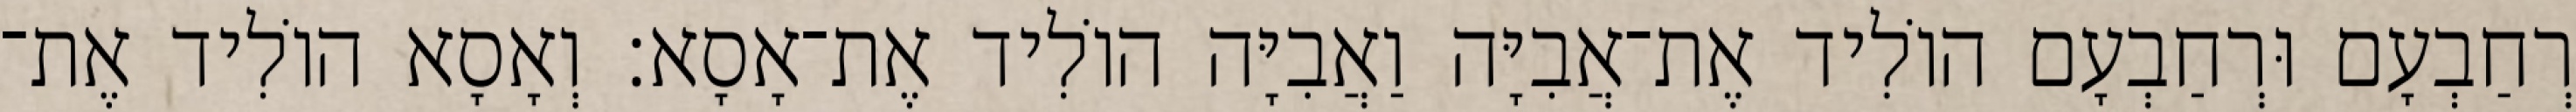
רְחַבְעָם וּרְחַבְעָם הוֹלִיד אֶת־אֲבִיָּה וַאֲבִיָּה הוֹלִיד אֶת־אָסָא׃ וְאָסָא הוֹלִיד אֶת־